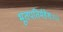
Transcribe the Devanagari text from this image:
भूतपतिर्महेशः।।।।